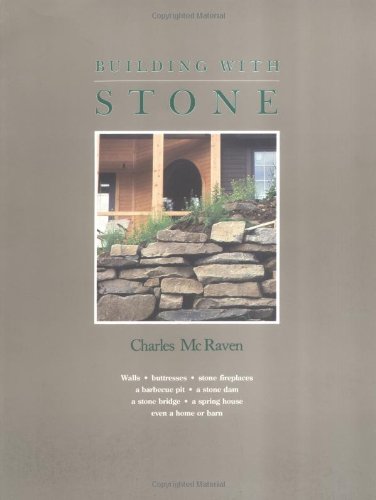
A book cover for Building with Stone; Charles McRaven; Crafts, Hobbies & Home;